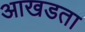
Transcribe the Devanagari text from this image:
आखडता